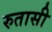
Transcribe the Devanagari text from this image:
रुतासी